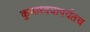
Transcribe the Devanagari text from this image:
कुमारवयापर्यंतच